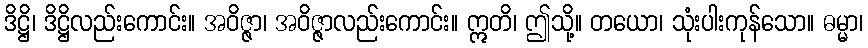
ဒိဋ္ဌိ၊ ဒိဋ္ဌိလည်းကောင်း။ အဝိဇ္ဇာ၊ အဝိဇ္ဇာလည်းကောင်း။ ဣတိ၊ ဤသို့။ တယော၊ သုံးပါးကုန်သော။ ဓမ္မာ၊